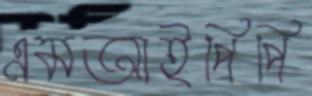
এমআইপিপি